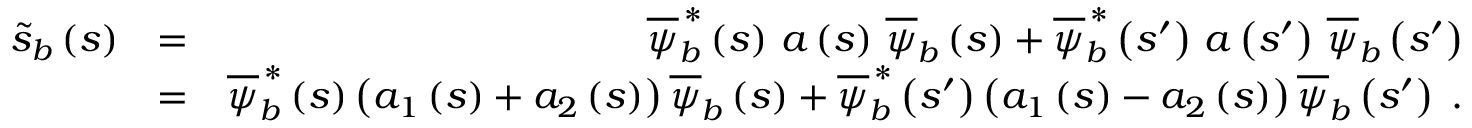
\begin{array} { r l r } { \widetilde { s } _ { b } \left( s \right) } & { = } & { \overline { { \psi } } _ { b } ^ { \, \ast } \left( s \right) \, a \left( s \right) \, \overline { { \psi } } _ { b } \left( s \right) + \overline { { \psi } } _ { b } ^ { \, \ast } \left( s ^ { \prime } \right) \, a \left( s ^ { \prime } \right) \, \overline { { \psi } } _ { b } \left( s ^ { \prime } \right) } \\ & { = } & { \overline { { \psi } } _ { b } ^ { \, \ast } \left( s \right) \left( a _ { 1 } \left( s \right) + a _ { 2 } \left( s \right) \right) \overline { { \psi } } _ { b } \left( s \right) + \overline { { \psi } } _ { b } ^ { \, \ast } \left( s ^ { \prime } \right) \left( a _ { 1 } \left( s \right) - a _ { 2 } \left( s \right) \right) \overline { { \psi } } _ { b } \left( s ^ { \prime } \right) \; . } \end{array}